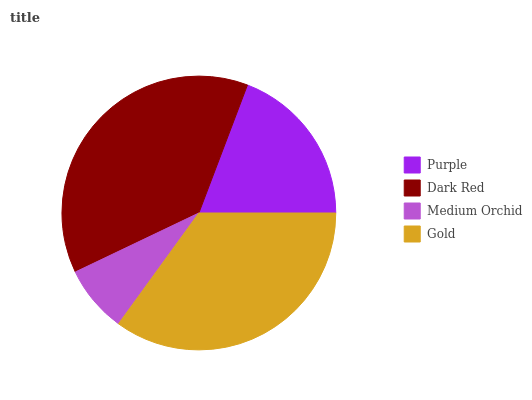
| Purple | Dark Red | Medium Orchid | Gold |
 | --- | --- | --- | --- |
 | 19.2% | 37.8% | 7.92% | 35% |